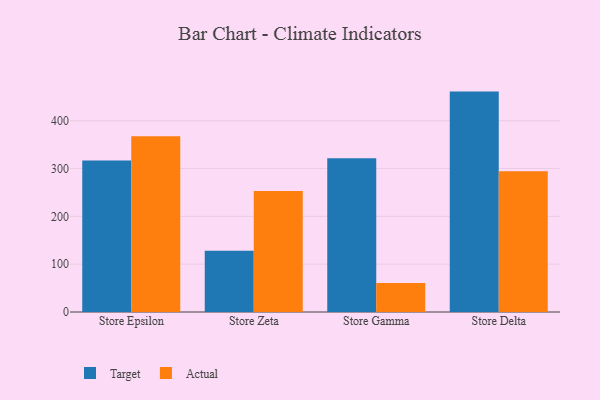
{"axis": {"x": "Store", "y": "Humidity (%)"}, "legend": ["Actual", "Target"], "data": [{"x": "Store Epsilon", "y": 317.0, "type": "Target"}, {"x": "Store Epsilon", "y": 367.6, "type": "Actual"}, {"x": "Store Zeta", "y": 128.0, "type": "Target"}, {"x": "Store Zeta", "y": 253.1, "type": "Actual"}, {"x": "Store Gamma", "y": 321.6, "type": "Target"}, {"x": "Store Gamma", "y": 60.4, "type": "Actual"}, {"x": "Store Delta", "y": 460.9, "type": "Target"}, {"x": "Store Delta", "y": 294.1, "type": "Actual"}]}